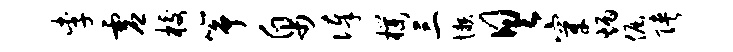
李虚校筝帛俸朴三懒具穿炳倔陕